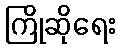
ကြိုဆိုရေး